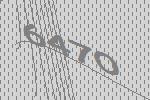
6470